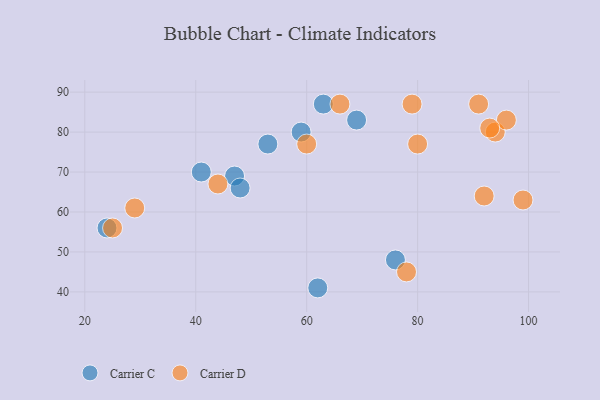
{"axis": {"x": "GDP", "y": "Life Expectancy"}, "legend": ["Carrier C", "Carrier D"], "data": [{"x": "63", "y": 87, "type": "Carrier C"}, {"x": "24", "y": 56, "type": "Carrier C"}, {"x": "41", "y": 70, "type": "Carrier C"}, {"x": "47", "y": 69, "type": "Carrier C"}, {"x": "76", "y": 48, "type": "Carrier C"}, {"x": "53", "y": 77, "type": "Carrier C"}, {"x": "48", "y": 66, "type": "Carrier C"}, {"x": "62", "y": 41, "type": "Carrier C"}, {"x": "69", "y": 83, "type": "Carrier C"}, {"x": "59", "y": 80, "type": "Carrier C"}, {"x": "79", "y": 87, "type": "Carrier D"}, {"x": "60", "y": 77, "type": "Carrier D"}, {"x": "66", "y": 87, "type": "Carrier D"}, {"x": "78", "y": 45, "type": "Carrier D"}, {"x": "80", "y": 77, "type": "Carrier D"}, {"x": "25", "y": 56, "type": "Carrier D"}, {"x": "29", "y": 61, "type": "Carrier D"}, {"x": "91", "y": 87, "type": "Carrier D"}, {"x": "94", "y": 80, "type": "Carrier D"}, {"x": "99", "y": 63, "type": "Carrier D"}, {"x": "96", "y": 83, "type": "Carrier D"}, {"x": "92", "y": 64, "type": "Carrier D"}, {"x": "93", "y": 81, "type": "Carrier D"}, {"x": "44", "y": 67, "type": "Carrier D"}]}